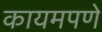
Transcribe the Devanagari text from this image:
कायमपणे